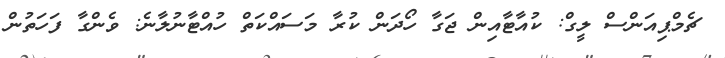
ޗެމްޕިއަންސް ލީގް: ކުއާޓާއިން ޖަގާ ހޯދަން ކުރާ މަސައްކަތް ހުއްޓާނުލާނެ: ވެންގާ ފަހަތުން